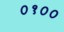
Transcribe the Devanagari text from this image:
०१००